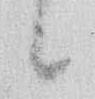
候